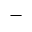
-